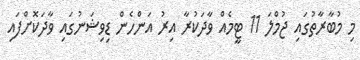
މި މުބާރާތުގައި ޖުމްލަ 11 ޓީމެއް ވާދަކުރާ އިރު އަންހެން ޑިވިޝަނުގައި ވާދަކޮށްފައި